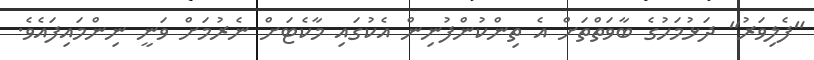
"ފެލިވަރު" ދަޅުމަހުގެ ބާވަތްތަށް އެ ތިންކުންފުނިން އެކުގައި މާކެޓަށް ނެރުމަށް ވަނީ ނިންމައިފައެވެ.